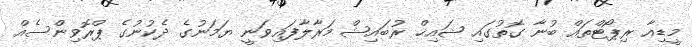
މީޑިއާ ރިޕޯޓްތައް ބުނާ ގޮތުގައި ޝައިޚް ރުބައިޝް މަރާލާފައިވަނީ ޔަމަނުގެ ދެކުނުގެ ޕްރޮވިންސެއް